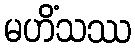
မဟိံသဿ